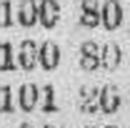
101 26